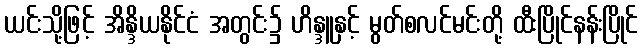
ယင်းသို့ဖြင့် အိန္ဒိယနိုင်ငံ အတွင်း၌ ဟိန္ဒူနှင့် မွတ်စလင်မင်းတို့ ထီးပြိုင်နန်းပြိုင်